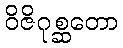
ဝိဇိဂုစ္ဆတော